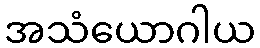
အသံယောဂါယ